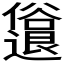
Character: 𫤈